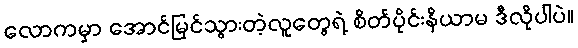
လောကမှာ အောင်မြင်သွားတဲ့လူတွေရဲ့ စိတ်ပိုင်းနိယာမ ဒီလိုပါပဲ။